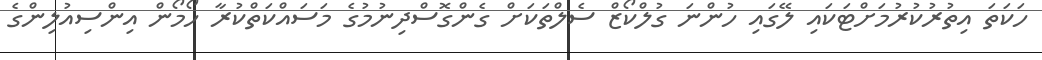
ހަކަތަ އިތުރުކުރުމަށްޓަކައި ލޭގައި ހުންނަ ގުލްކޯޒް ސެލްތަކަށް ގެންގޮސްދިނުމުގެ މަސައްކަތްކުރާ ހޯމޯން އިންސިއުލިންގެ